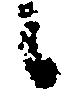
候